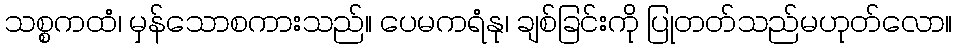
သစ္စကထံ၊ မှန်သောစကားသည်။ ပေမကရံနု၊ ချစ်ခြင်းကို ပြုတတ်သည်မဟုတ်လော။